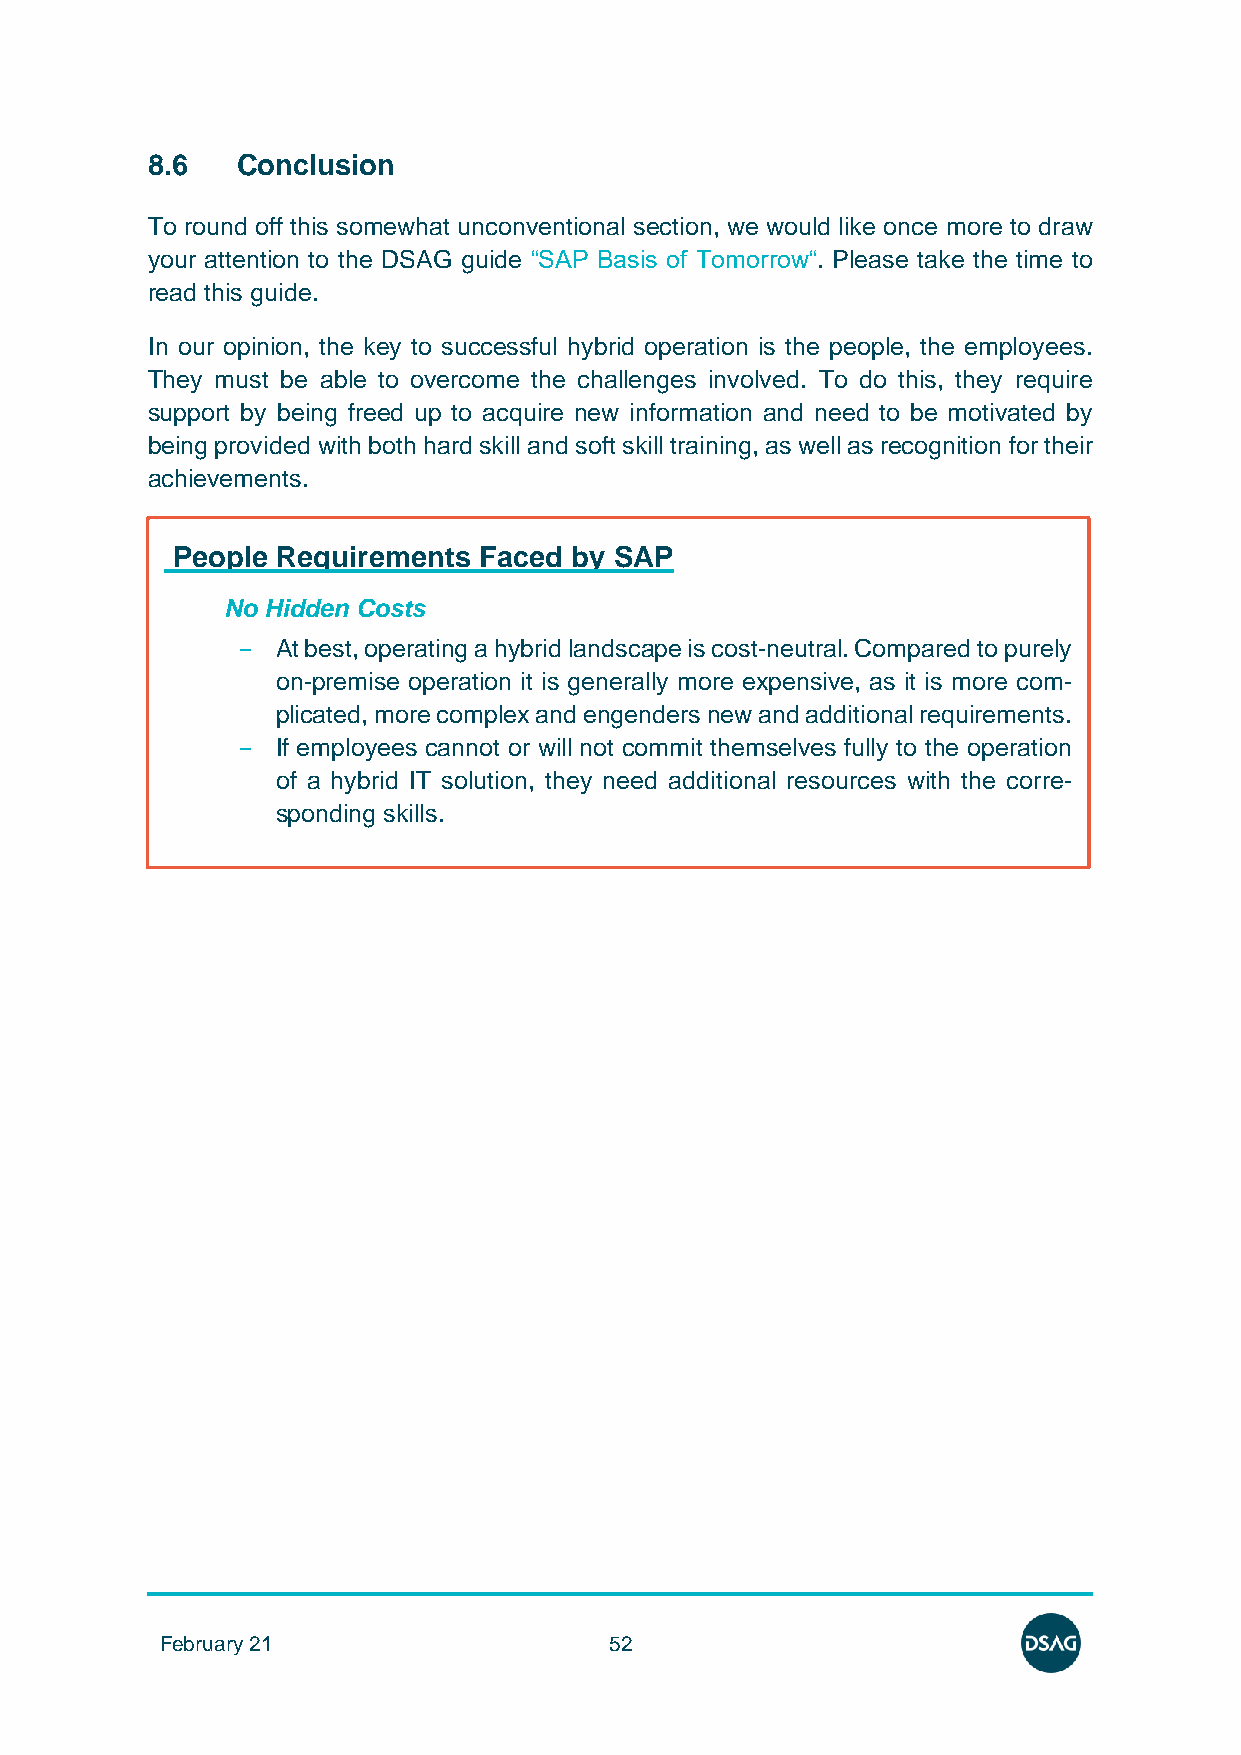
8.6   Conclusion
 To round off this somewhat unconventional section, we would like once more to draw
 your attention to the DSAG guide “SAP Basis of Tomorrow“. Please take the time to
 read this guide.
 In our opinion, the key to successful hybrid operation is the people, the employees.
 They must be able to overcome the challenges involved. To do this, they require
 support by being freed up to acquire new information and need to be motivated by
 being provided with both hard skill and soft skill training, as well as recognition for their
 achievements.
 People Requirements  Faced by SAP
 No Hidden Costs
 - At best, operating a hybrid landscape is cost-neutral. Compared to purely
 on-premise operation it is generally more expensive, as it is more com-
 plicated, more complex and engenders new and additional requirements.
 - If employees cannot or will not commit themselves fully to the operation
 of a hybrid IT solution, they need additional resources with the corre-
 sponding skills.
 February 21                  52